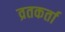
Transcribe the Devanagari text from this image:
व्रतकर्ता